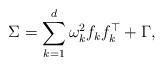
LaTeX: \begin{align*}\Sigma =\sum_{k =1}^d \omega_k^2 f_kf_k^{\top} + \Gamma,\end{align*}